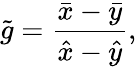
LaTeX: \tilde{g}=\frac{\bar{x}-\bar{y}}{\hat{x}-\hat{y}},